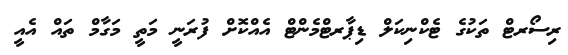
ރިސޯރޓް ތަކުގެ ޓެކްނިކަލް ޑިޕާރޓްމެންޓް އެއްކޮށް ފުރަނީ މަތީ މަގާމް ތައް އެއީ